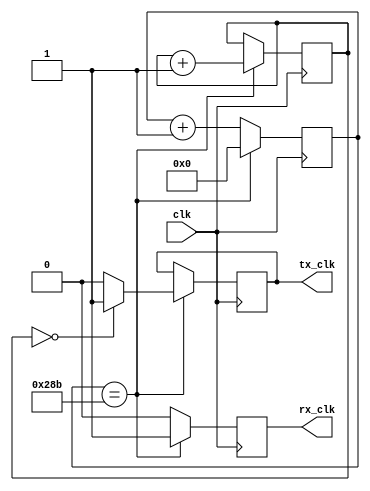
module freq_divider (
    clk,
    tx_clk,
    rx_clk
);

    input clk;
    output tx_clk;
    output rx_clk;
    
    // clock in = 100MHz
    // baudrate = 9600
    parameter rx_div = 651; // 100e6/(9600*16) = 651

    reg [13:0] rx_divider;
    reg [3:0] cont;
    

    always @(posedge clk) begin
        if (rx_divider == rx_div) begin
            rx_divider <= 0;
            rx_clk <= 1'b1;
            cont <= cont + 1;
            if(cont == 0) tx_clk <= 1'b1;
            else tx_clk <= 1'b0;
        end
        else begin
            rx_divider <= rx_divider + 1;
            rx_clk <= 1'b0;
        end
    end

endmodule